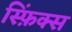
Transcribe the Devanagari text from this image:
स्फ़िंक्स